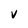
Character: V